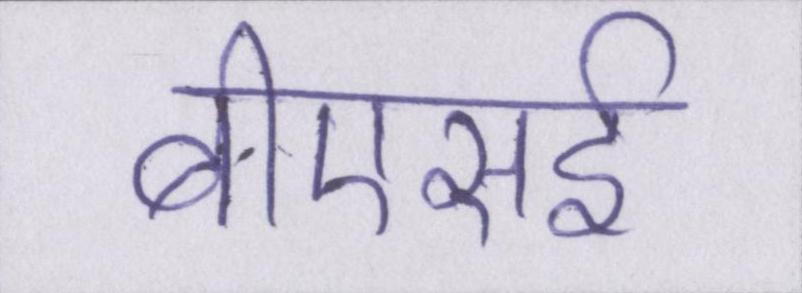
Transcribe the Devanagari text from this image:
बीएसई